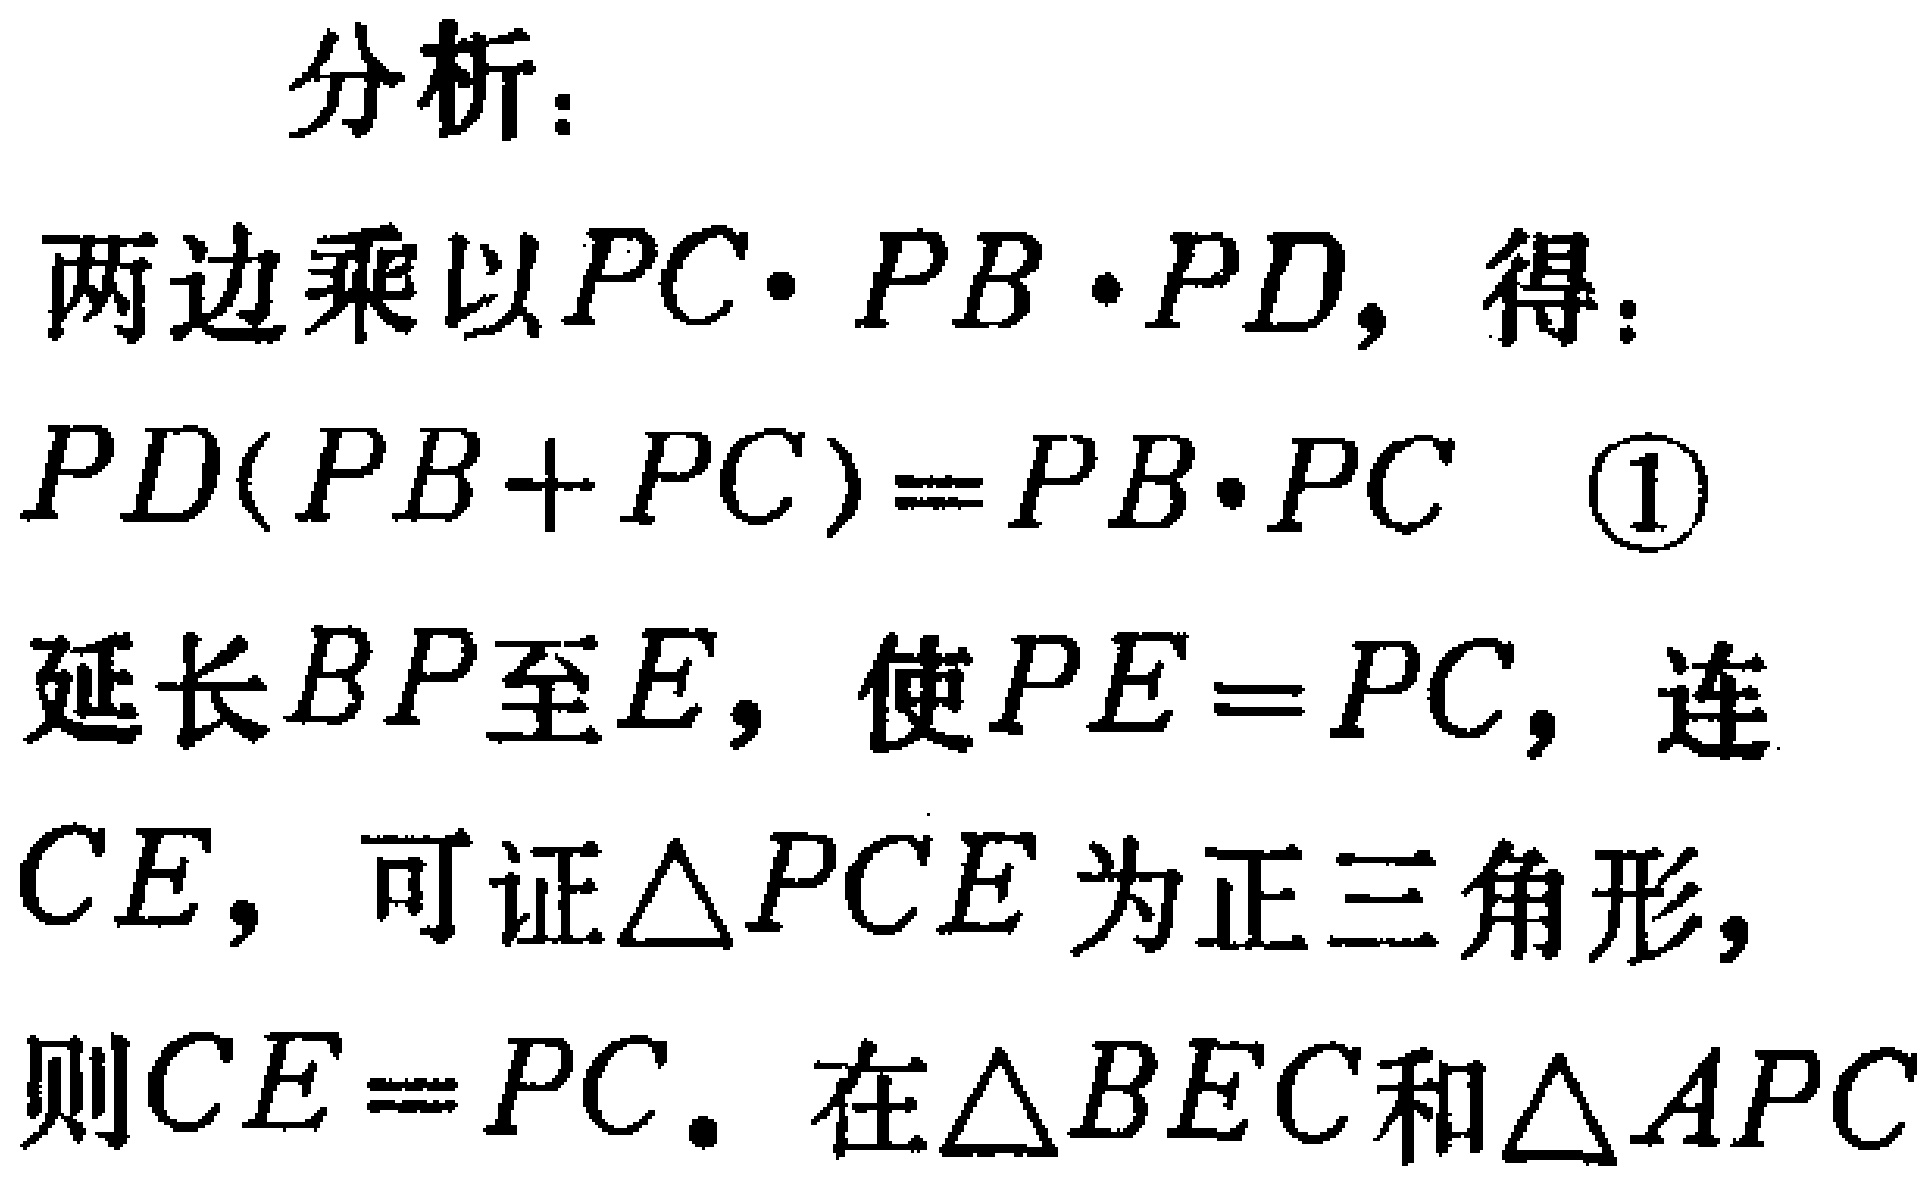
分析：
两边乘以\(PC\cdot PB\cdot PD\)，得：
\(PD(PB + PC)=PB\cdot PC\quad \textcircled{1}\)
延长\(BP\)至\(E\)，使\(PE = PC\)，连
\(CE\)，可证\(\triangle PCE\)为正三角形，
则\(CE = PC\)。在\(\triangle BEC\)和\(\triangle APC\)